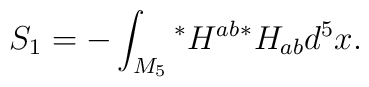
S_1=-\int_{M_5}{}^*H^{ab}{}^*H_{ab} d^5x.